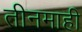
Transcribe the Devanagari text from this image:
तीनमाही